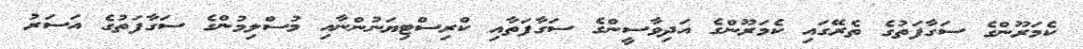
ކެމަރޫންގެ ސަގާފަތުގެ ތެރޭގައި ކެމަރޫންގެ އަދިވާސީންގެ ސަގާފަތާއި ކްރިސްޓިޔަނުންނާއި މުސްލިމުންގެ ސަގާފަތުގެ އަސަރު